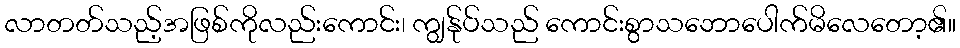
လာတတ်သည့်အဖြစ်ကိုလည်းကောင်း၊ ကျွန်ုပ်သည် ကောင်းစွာသဘောပေါက်မိလေတော့၏။